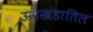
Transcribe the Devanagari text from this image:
ऊपखंडातिल